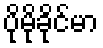
ပိုမိုခိုင်မာ